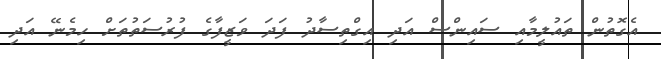
އެގޮތުން ތައުލީމާއި ސައިންސް އަދި އިގްތިސާދު ފަދަ ވަޒީފާގެ ފުރުސަތުތަށް ހިމެނޭ އަދި